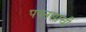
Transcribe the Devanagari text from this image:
पपनसाची